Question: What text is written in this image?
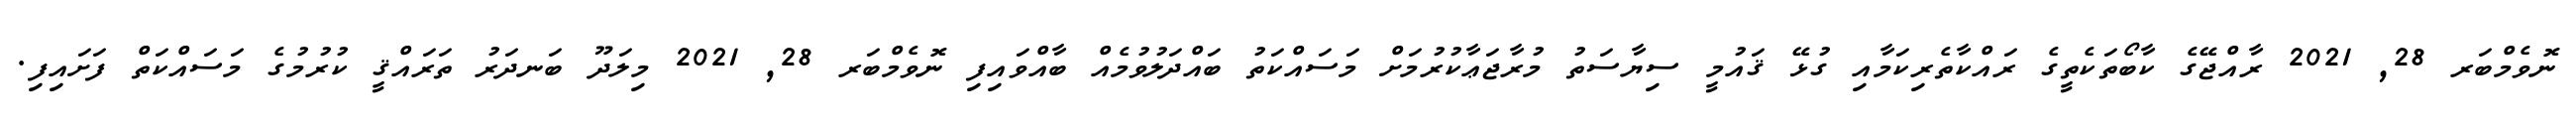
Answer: ނޮވެމްބަރ 28, 2021 ރާއްޖޭގެ ކާބޯތަކެތީގެ ރައްކާތެރިކަމާއި ގުޅޭ ޤައުމީ ސިޔާސަތު މުރާޖަޢާކުރުމަށް މަސައްކަތު ބައްދަލުވުމެއް ބާއްވައިފި ނޮވެމްބަރ 28, 2021 މިލަދޫ ބަނދަރު ތަރައްޤީ ކުރުމުގެ މަސައްކަތް ފަށައިފި.